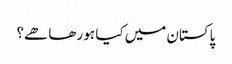
پاکستان میں کیا ہو رھا ھے؟